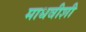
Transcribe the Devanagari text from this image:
माधवीशी